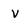
Character: V